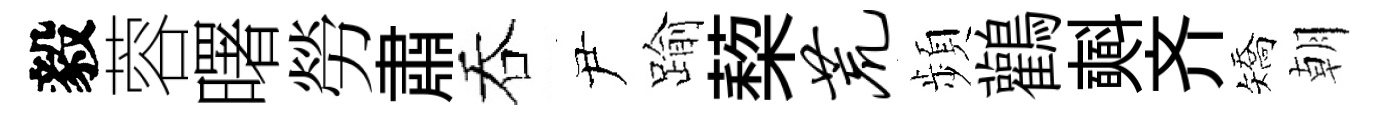
毅蓉曙勞肅吞尹踰蔾荒頻鸛𣂏齐矯朝